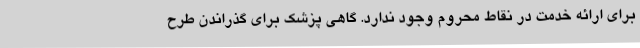
برای ارائه خدمت در نقاط محروم وجود ندارد. گاهی پزشک برای گذراندن طرح